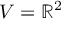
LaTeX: V = \mathbb { R } ^ { 2 }